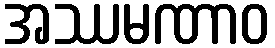
အဿမဏာဝ